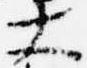
大